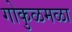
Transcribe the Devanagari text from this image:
गोकुळमळा